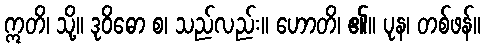
ဣတိ၊ သို့။ ဒုဝိဓော စ၊ သည်လည်း။ ဟောတိ၊ ၏။ ပုန၊ တစ်ဖန်။